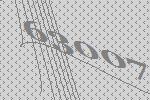
63007